Lunatic asylums Bombay report 1891-1903 - 1891-1903
Year: 1891
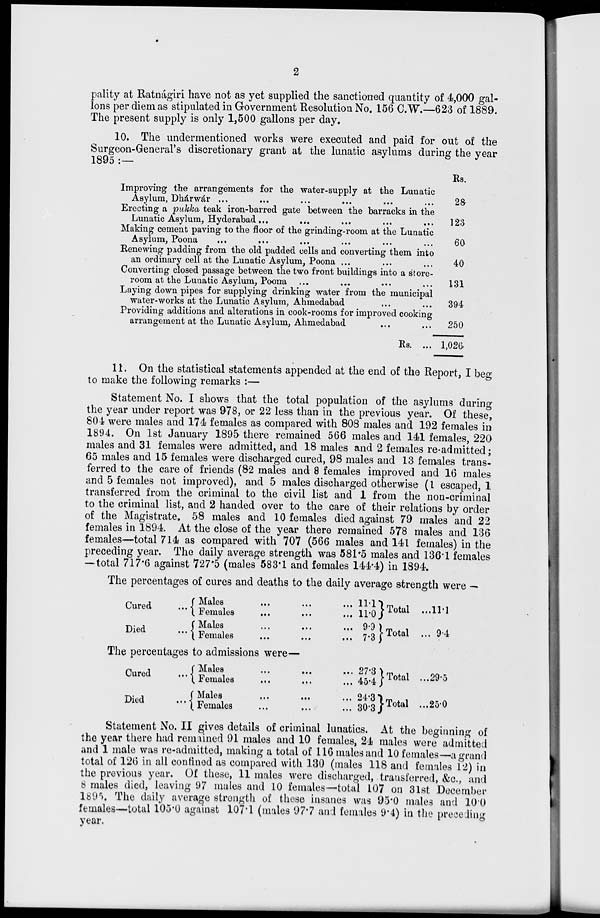
2
pality at Ratnágiri have not as yet supplied the sanctioned quantity of 4,000 gal-
lons per diem as stipulated in Government Resolution No. 156 C.W.—623 of 1889.
The present supply is only 1,500 gallons per day.
10. The undermentioned works were executed and paid for out of the
Surgeon-General's discretionary grant at the lunatic asylums during the year
1895 :—
Improving the arrangements for the water-supply at the Lunatic
Asylum, Dhárwár ... ... ... ... ... ...
Erecting a pukka teak iron-barred gate between the barracks in the
Lunatic Asylum, Hyderabad ... ... ... ... ...
Making cement paving to the floor of the grinding-room at the Lunatic
Asylum, Poona ... ... ... ... ... ...
Renewing padding from the old padded cells and converting them into
an ordinary cell at the Lunatic Asylum, Poona ... ... ...
Converting closed passage between the two front buildings into a store-
room at the Lunatic Asylum, Poona ... ... ... ...
Laying down pipes for supplying drinking water from the municipal
water-works at the Lunatic Asylum, Ahmedabad ... ...
Providing additions and alterations in cook-rooms for improved cooking
arrangement at the Lunatic Asylum, Ahmedabad ... ...
Rs. ...
Rs.
28
123
60
40
131
394
250
1,026
11. On the statistical statements appended at the end of the Report, I beg
to make the following remarks :—
Statement No. I shows that the total population of the asylums during
the year under report was 978, or 22 less than in the previous year. Of these,
80.4 were males and 174 females as compared with 808 males and 192 females in
1894. On 1st January 1895 there remained 566 males and 141 females, 220
males and 31 females were admitted, and 18 males and 2 females re-admitted ;
65 males and 15 females were discharged cured, 98 males and 13 females trans-
ferred to the care of friends (82 males and 8 females improved and 16 males
and 5 females not improved), and 5 males discharged otherwise (1 escaped, 1
transferred from the criminal to the civil list and 1 from the non-criminal
to the criminal list, and 2 handed over to the care of their relations by order
of the Magistrate. 58 males and 10 females died against 79 males and 22
females in 1894. At the close of the year there remained 578 males and 136
females—total 714 as compared with 707 (566 males and 141 females) in the
preceding year. The daily average strength was 581.5 males and 136.1 females
—total 717.6 against 727.5 (males 583.1 and females 144.4) in 1894.
The percentages of cures and deaths to the daily average strength were —
Cured
...
Died ...
Males ... ... ...
Females ... ... ...
Males ... ... ...
Females ... ... ...
11.1
11.0
9.9
7.3
Total ...
Total ...
11.1
9.4
The percentages to admissions were—
Cured
...
Died ...
Males ... ... ...
Females ... ... ...
Males ... ... ...
Females ... ... ...
27.3
45.4
24.3
30.3
Total ...
Total ...
29.5
25.0
Statement No. II gives details of criminal lunatics. At the beginning of
the year there had remained 91 males and 10 females, 24 males were admitted
and 1 male was re-admitted, making a total of 116 males and 10 females—a grand
total of 126 in all confined as compared with 130 (males 118 and females 12) in
the previous year. Of these, 11 males were discharged, transferred, &c., and
8 males died, leaving 97 males and 10 females—total 107 on 31st December
1895. The daily average strength of these insanes was 95.0 males and 10.0
females—total 105.0 against 107.1 (males 97.7 and females 9.4) in the preceding
year.